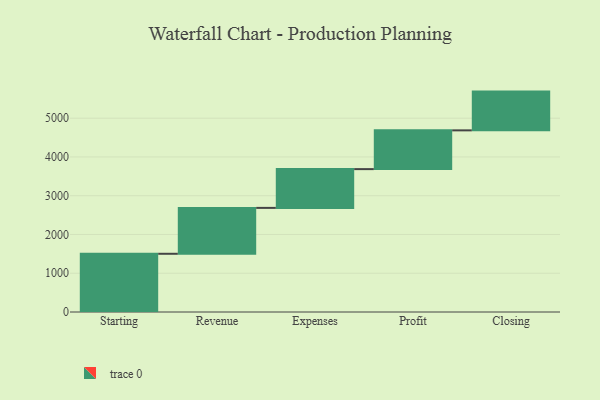
{"axis": {"x": "Step", "y": "Value"}, "legend": [""], "data": [{"x": "Starting", "y": 1502.0, "type": ""}, {"x": "Revenue", "y": 1184.0, "type": ""}, {"x": "Expenses", "y": 1000, "type": ""}, {"x": "Profit", "y": 1000, "type": ""}, {"x": "Closing", "y": 1000, "type": ""}]}